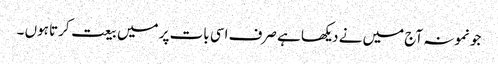
جو نمونہ آج میں نے دیکھا ہے صرف اسی بات پر میں بیعت کرتا ہوں ۔